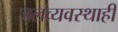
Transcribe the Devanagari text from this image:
जलव्यवस्थाही